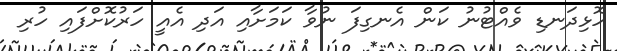
ހޮޅިދަނޑި ވެއްޓުނު ކަން އެނގިފަ ނުވާ ކަމަށާއި އަދި އެއީ ހަރުކޮށްފައި ހުރި